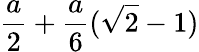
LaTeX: {\frac{a}{2}}+{\frac{a}{6}}({\sqrt{2}}-1)